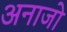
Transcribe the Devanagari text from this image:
अनाजो